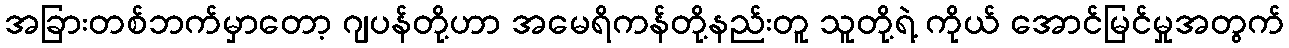
အခြားတစ်ဘက်မှာတော့ ဂျပန်တို့ဟာ အမေရိကန်တို့နည်းတူ သူတို့ရဲ့ ကိုယ် အောင်မြင်မှုအတွက်